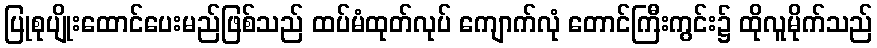
ပြုစုပျိုးထောင်ပေးမည်ဖြစ်သည် ထပ်မံထုတ်လုပ် ကျောက်လုံ တောင်ကြီးကွင်း၌ ထိုလူမိုက်သည်